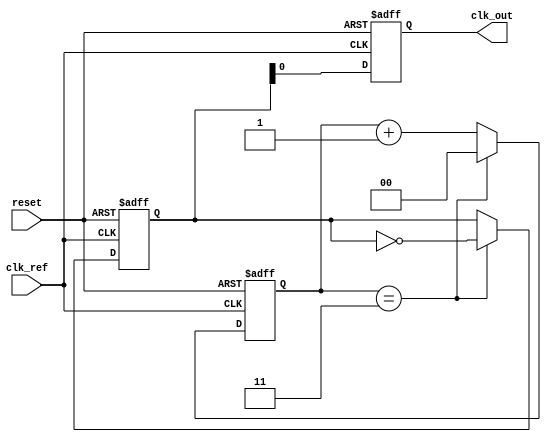
module PLL (
    input wire clk_ref,          // Reference clock input
    input wire reset,            // Reset signal
    output reg clk_out           // Output clock
);

// Parameters
parameter DIV_RATIO = 4;       // Frequency division ratio
parameter VCO_MAX_FREQ = 100;  // Max VCO frequency (arbitrary units)
parameter VCO_MIN_FREQ = 10;   // Min VCO frequency (arbitrary units)
parameter LOOP_FILTER_GAIN = 1; // Gain for loop filter

// Internal signals
reg [1:0] phase_detector_out;   // Output of phase detector
reg [7:0] loop_filter_out;       // Output of loop filter (control voltage)
reg [7:0] vco_out;               // Output of VCO
reg [1:0] divider_count;         // Counter for frequency divider
reg [1:0] clk_div;               // Divided clock output

// Phase Detector (XOR-based)
always @(posedge clk_ref or posedge reset) begin
    if (reset) begin
        phase_detector_out <= 2'b00;
    end else begin
        // Simple phase detector logic (XOR)
        phase_detector_out <= (clk_ref ^ clk_div);
    end
end

// Loop Filter (Simple Integrator)
always @(posedge clk_ref or posedge reset) begin
    if (reset) begin
        loop_filter_out <= 8'b0;
    end else begin
        // Simple loop filter: Integrate phase detector output
        loop_filter_out <= loop_filter_out + (phase_detector_out * LOOP_FILTER_GAIN);
        // Clamp the output to VCO range
        if (loop_filter_out > VCO_MAX_FREQ) begin
            loop_filter_out <= VCO_MAX_FREQ;
        end else if (loop_filter_out < VCO_MIN_FREQ) begin
            loop_filter_out <= VCO_MIN_FREQ;
        end
    end
end

// Voltage-Controlled Oscillator (VCO)
always @(posedge clk_ref or posedge reset) begin
    if (reset) begin
        vco_out <= VCO_MIN_FREQ;
    end else begin
        // VCO output frequency based on loop filter output
        vco_out <= loop_filter_out;
    end
end

// Frequency Divider
always @(posedge clk_ref or posedge reset) begin
    if (reset) begin
        divider_count <= 2'b00;
        clk_div <= 2'b00;
    end else begin
        divider_count <= divider_count + 1;
        if (divider_count == DIV_RATIO - 1) begin
            clk_div <= ~clk_div; // Toggle divided clock
            divider_count <= 2'b00; // Reset counter
        end
    end
end

// Output Clock Generation
always @(posedge clk_ref or posedge reset) begin
    if (reset) begin
        clk_out <= 1'b0;
    end else begin
        clk_out <= clk_div; // Output the divided clock
    end
end

endmodule